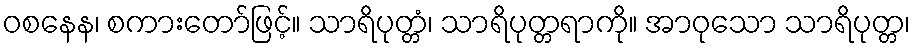
ဝစနေန၊ စကားတော်ဖြင့်။ သာရိပုတ္တံ၊ သာရိပုတ္တရာကို။ အာဝုသော သာရိပုတ္တ၊